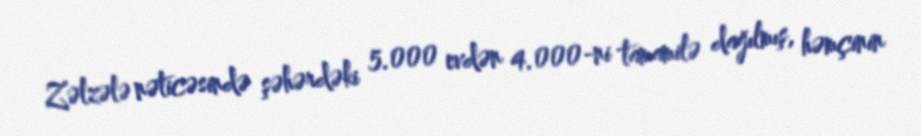
Zəlzələ nəticəsində şəhərdəki 5.000 evdən 4.000-ni tamamilə dağılmış, həmçinin